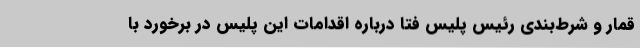
قمار و شرط‌بندی رئیس پلیس فتا درباره اقدامات این پلیس در برخورد با